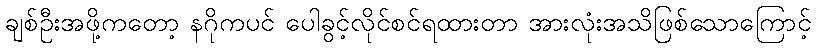
ချစ်ဦးအဖို့ကတော့ နဂိုကပင် ပေါခွင့်လိုင်စင်ရထားတာ အားလုံးအသိဖြစ်သောကြောင့်